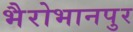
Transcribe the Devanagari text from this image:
भैरोभानपुर